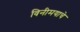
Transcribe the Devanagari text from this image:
विनीमयाचे